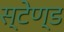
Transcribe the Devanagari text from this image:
स्‍टेण्‍ड